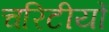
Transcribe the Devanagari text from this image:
चरिटीयों